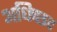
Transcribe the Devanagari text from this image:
अधिच्छद